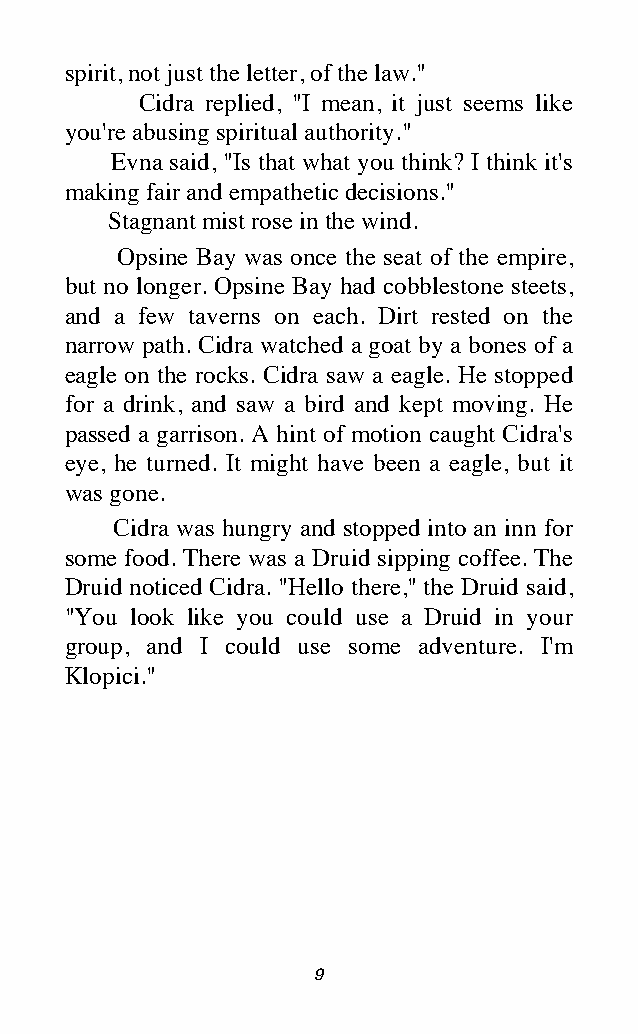
spirit, not just the letter, of the law."
 Cidra replied, "I mean, it just seems like
 you're abusing spiritual authority."
 Evna said, "Is that what you think? I think it's
 making fair and empathetic decisions."
 Stagnant mist rose in the wind.
 Opsine Bay was once the seat of the empire,
 but no longer. Opsine Bay had cobblestone steets,
 and a few taverns on each. Dirt rested on the
 narrow path. Cidra watched a goat by a bones of a
 eagle on the rocks. Cidra saw a eagle. He stopped
 for a drink, and saw a bird and kept moving. He
 passed a garrison. A hint of motion caught Cidra's
 eye, he turned. It might have been a eagle, but it
 was gone.
 Cidra was hungry and stopped into an inn for
 some food. There was a Druid sipping coffee. The
 Druid noticed Cidra. "Hello there," the Druid said,
 "You look like you could use a Druid in your
 group, and I could use some adventure. I'm
 Klopici."
 9